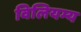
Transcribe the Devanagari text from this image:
विलियम्य